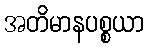
အတိမာနပစ္စယာ